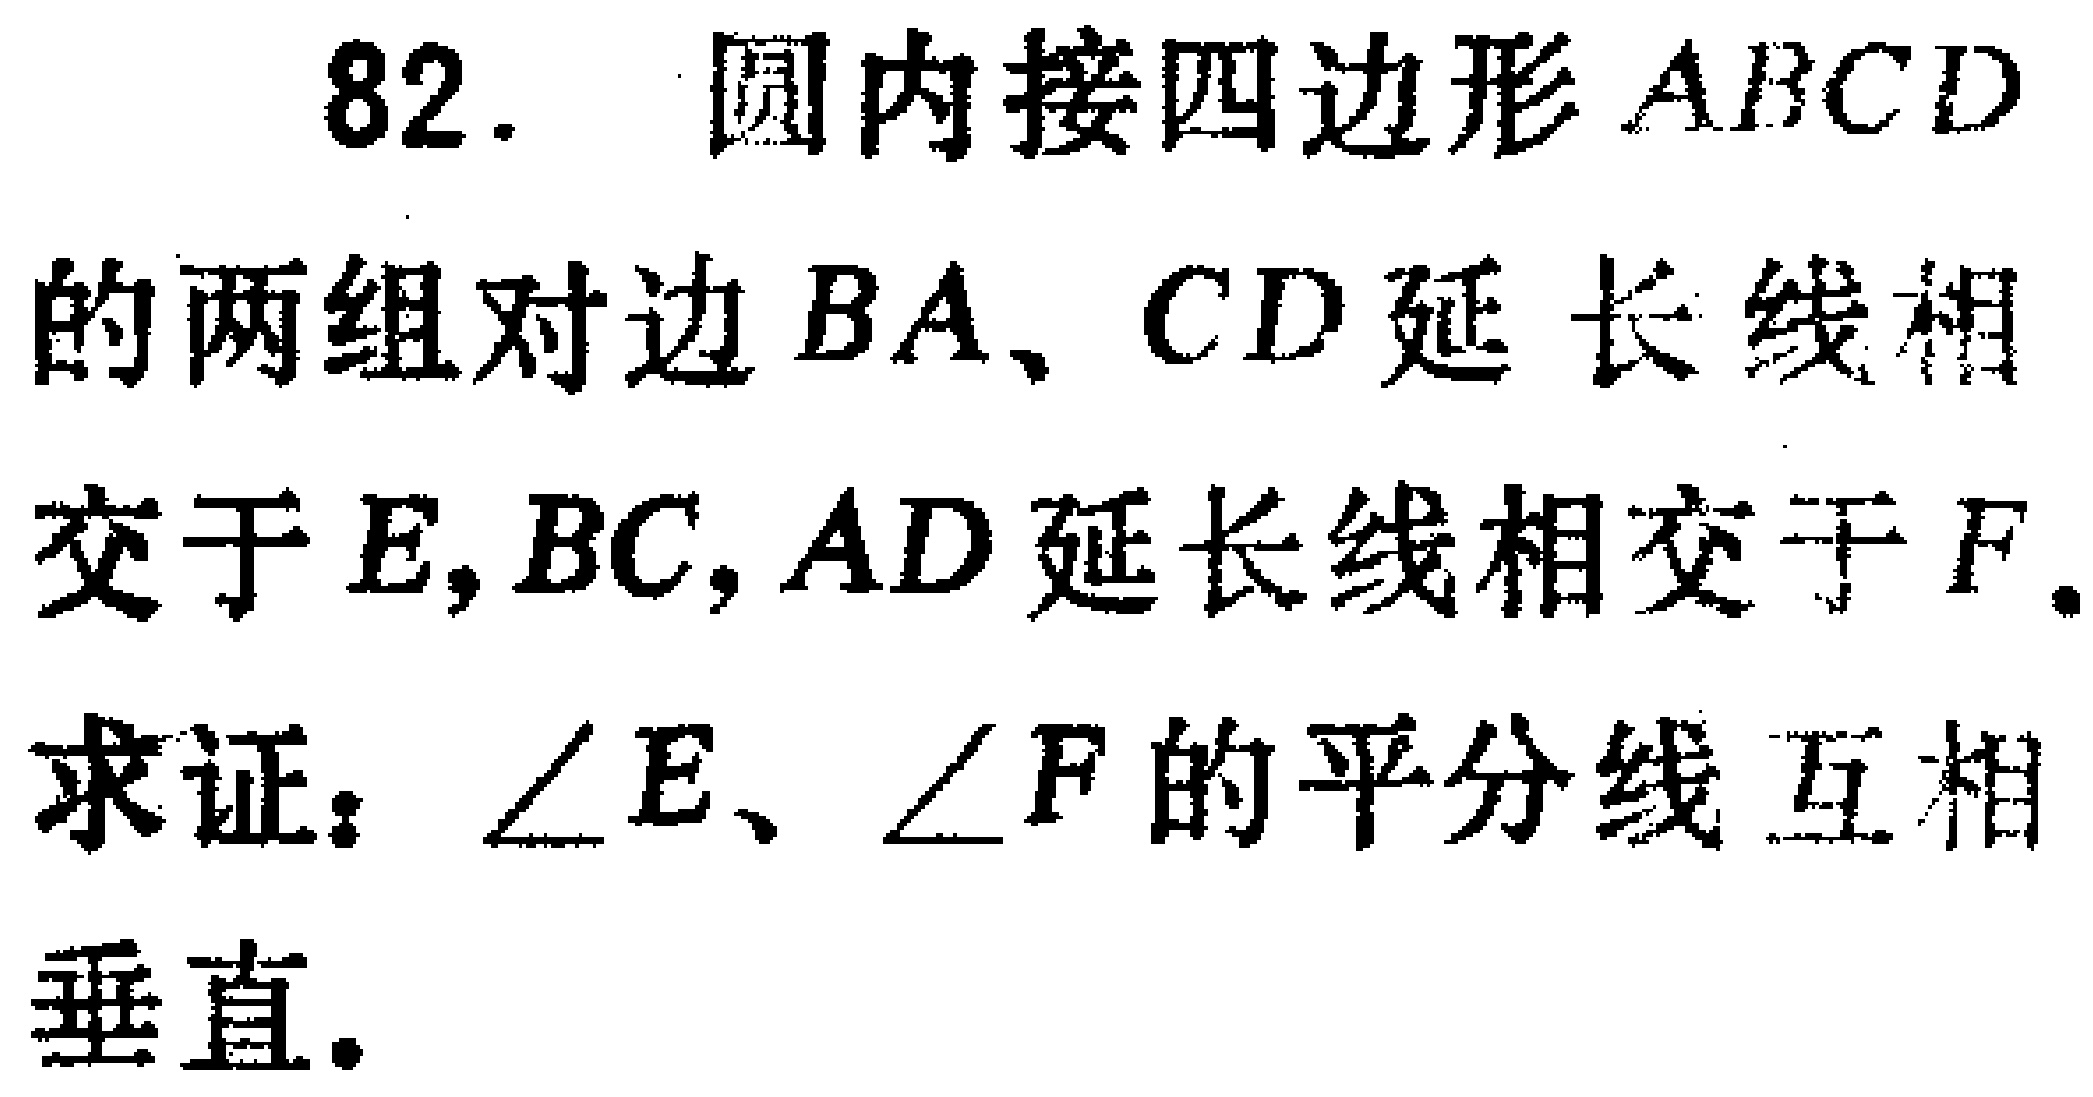
82. 圆内接四边形 \(ABCD\) 的两组对边 \(BA\)、\(CD\) 延长线相交于 \(E\)，\(BC\)，\(AD\) 延长线相交于 \(F\)。
求证：\(\angle E\)、\(\angle F\) 的平分线互相垂直。